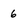
Character: 6